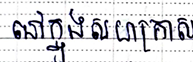
នៅក្នុងសហគ្រាស